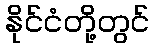
နိုင်ငံတို့တွင်